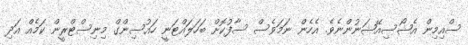
ސްއިމިން އެޝޯސިއޭޝަނުންނެވެ. އެހެން ނަމަވެސް ސާފުކޮށް ބަހަލައްޓަނީ ހައުސިންގް މިނިސްޓްރީން ކަމެއް އަދި